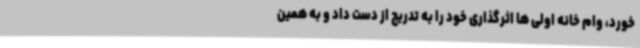
خورد، وام خانه اولی ها اثرگذاری خود را به تدریج از دست داد و به همین